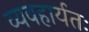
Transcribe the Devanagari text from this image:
व्यवहार्यतः